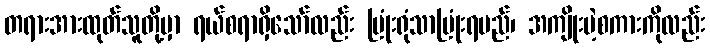
တရားအားထုတ်သူတို့မှာ ရယ်စရာရှိသော်လည်း ပြုံးရုံသာပြုံးရမည်၊ အကျိုးမဲ့စကားကိုလည်း